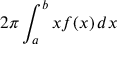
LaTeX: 2 \pi \int _ { a } ^ { b } x f ( x ) \, d x